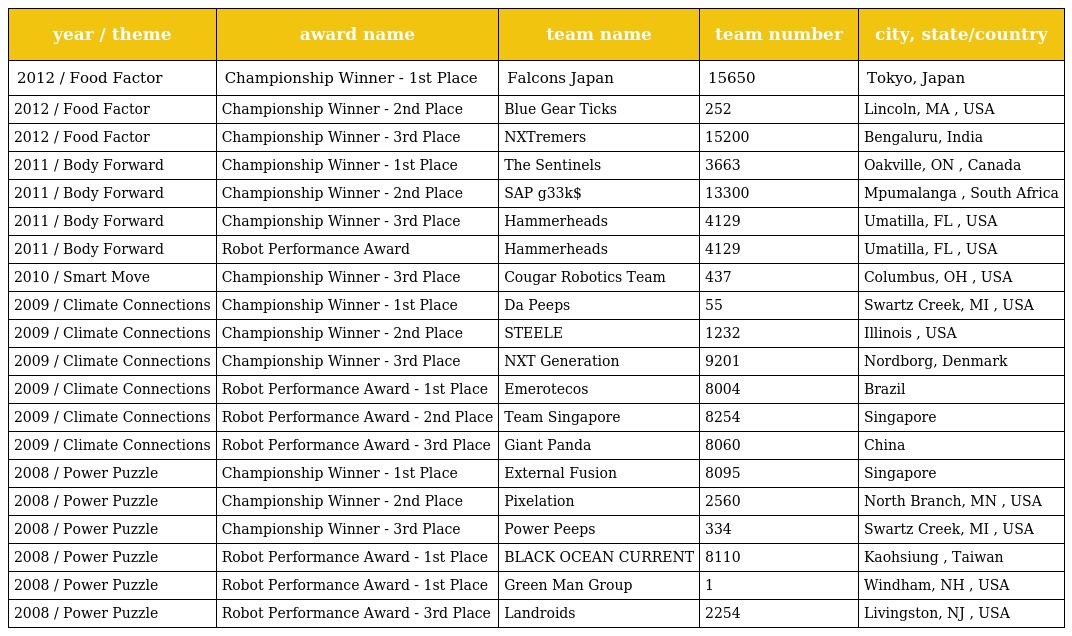
| year / theme | award name | team name | team number | city, state/country |
 | --- | --- | --- | --- | --- |
 | 2012 / Food Factor | Championship Winner - 1st Place | Falcons Japan | 15650 | Tokyo, Japan |
 | 2012 / Food Factor | Championship Winner - 2nd Place | Blue Gear Ticks | 252 | Lincoln, MA , USA |
 | 2012 / Food Factor | Championship Winner - 3rd Place | NXTremers | 15200 | Bengaluru, India |
 | 2011 / Body Forward | Championship Winner - 1st Place | The Sentinels | 3663 | Oakville, ON , Canada |
 | 2011 / Body Forward | Championship Winner - 2nd Place | SAP g33k$ | 13300 | Mpumalanga , South Africa |
 | 2011 / Body Forward | Championship Winner - 3rd Place | Hammerheads | 4129 | Umatilla, FL , USA |
 | 2011 / Body Forward | Robot Performance Award | Hammerheads | 4129 | Umatilla, FL , USA |
 | 2010 / Smart Move | Championship Winner - 3rd Place | Cougar Robotics Team | 437 | Columbus, OH , USA |
 | 2009 / Climate Connections | Championship Winner - 1st Place | Da Peeps | 55 | Swartz Creek, MI , USA |
 | 2009 / Climate Connections | Championship Winner - 2nd Place | STEELE | 1232 | Illinois , USA |
 | 2009 / Climate Connections | Championship Winner - 3rd Place | NXT Generation | 9201 | Nordborg, Denmark |
 | 2009 / Climate Connections | Robot Performance Award - 1st Place | Emerotecos | 8004 | Brazil |
 | 2009 / Climate Connections | Robot Performance Award - 2nd Place | Team Singapore | 8254 | Singapore |
 | 2009 / Climate Connections | Robot Performance Award - 3rd Place | Giant Panda | 8060 | China |
 | 2008 / Power Puzzle | Championship Winner - 1st Place | External Fusion | 8095 | Singapore |
 | 2008 / Power Puzzle | Championship Winner - 2nd Place | Pixelation | 2560 | North Branch, MN , USA |
 | 2008 / Power Puzzle | Championship Winner - 3rd Place | Power Peeps | 334 | Swartz Creek, MI , USA |
 | 2008 / Power Puzzle | Robot Performance Award - 1st Place | BLACK OCEAN CURRENT | 8110 | Kaohsiung , Taiwan |
 | 2008 / Power Puzzle | Robot Performance Award - 1st Place | Green Man Group | 1 | Windham, NH , USA |
 | 2008 / Power Puzzle | Robot Performance Award - 3rd Place | Landroids | 2254 | Livingston, NJ , USA |